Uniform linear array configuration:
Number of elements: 48
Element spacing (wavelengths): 0.25
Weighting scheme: cosine
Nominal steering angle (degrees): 30
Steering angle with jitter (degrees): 29.697
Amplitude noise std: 0.05
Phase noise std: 0.05

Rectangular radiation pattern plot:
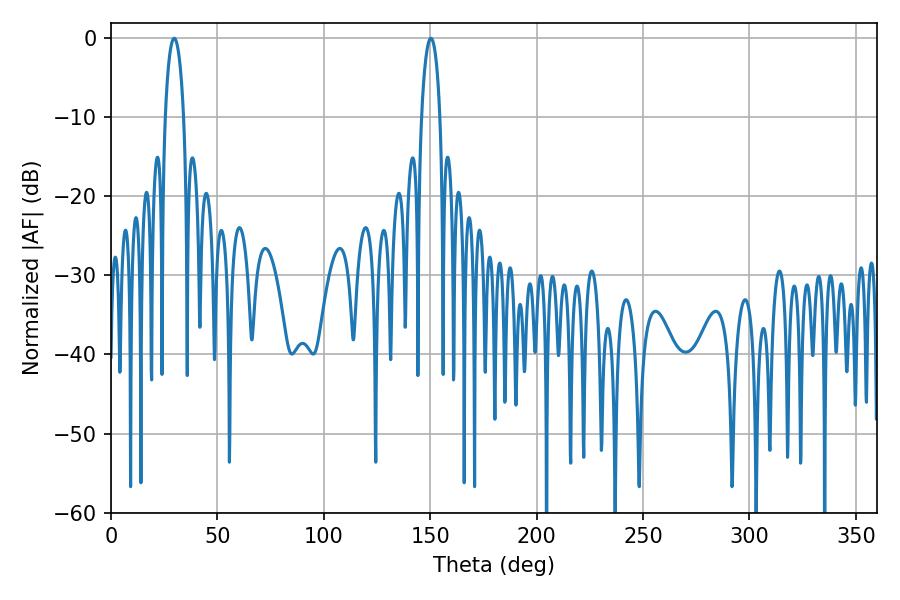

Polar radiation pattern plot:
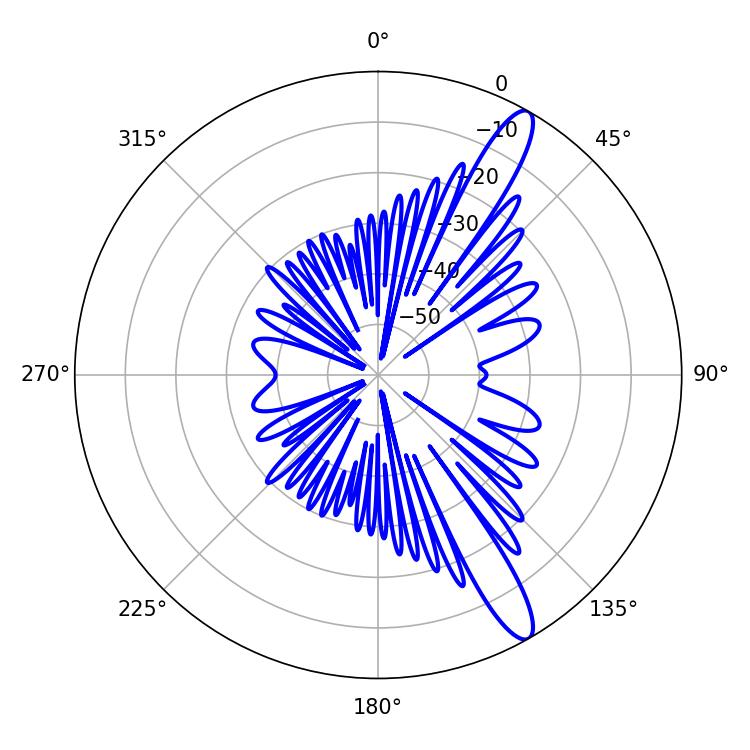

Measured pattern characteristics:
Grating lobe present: FALSE
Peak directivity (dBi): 13.198
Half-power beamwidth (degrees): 5.04
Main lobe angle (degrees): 150.3